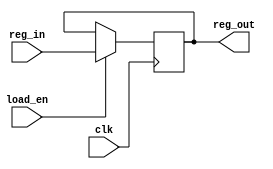
module L1_simple_reg(input [15:0] reg_in,
					 input load_en,
					 input clk,
					 output reg [15:0] reg_out);


    always@(posedge clk)
    begin
        if(load_en)
			reg_out <= reg_in;
    end
	
endmodule